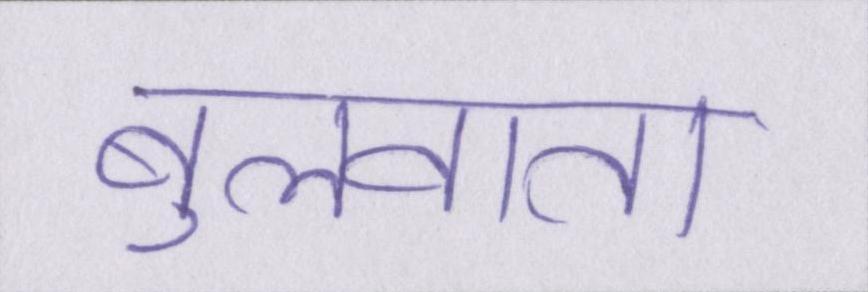
बुलवाता